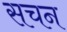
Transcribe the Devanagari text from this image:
सचन